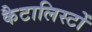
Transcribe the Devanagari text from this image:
कैटालिस्टों